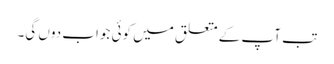
تب آپ کے متعلق میں کوئی جواب دوں گی۔